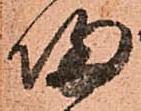
帰